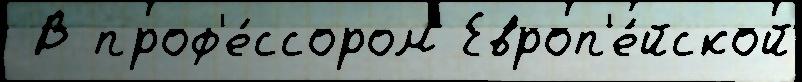
 В проф'е́ссором Европ'е́йской